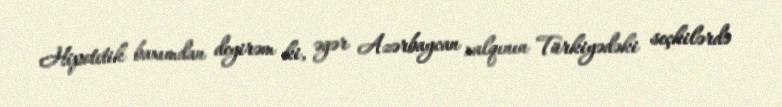
Hipotetik baxımdan deyirəm ki, əgər Azərbaycan xalqının Türkiyədəki seçkilərdə